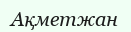
Ақметжан